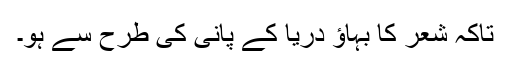
تاکہ شعر کا بہاؤ دریا کے پانی کی طرح سے ہو۔